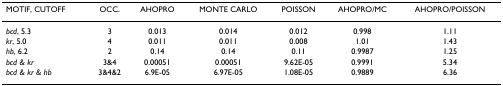
| MOTIF, CUTOFF | OCC. | AHOPRO | MONTE CARLO | POISSON | AHOPRO/MC | AHOPRO/POISSON |
 | --- | --- | --- | --- | --- | --- | --- |
 | bcd, 5.3 | 3 | 0.013 | 0.014 | 0.012 | 0.998 | 1.11 |
 | kr, 5.0 | 4 | 0.011 | 0.011 | 0.008 | 1.01 | 1.43 |
 | hb, 6.2 | 2 | 0.14 | 0.14 | 0.11 | 0.9987 | 1.25 |
 | bcd & kr | 3&4 | 0.00051 | 0.00051 | 9.62E-05 | 0.9991 | 5.34 |
 | bcd & kr & hb | 3&4&2 | 6.9E-05 | 6.97E-05 | 1.08E-05 | 0.9889 | 6.36 |